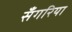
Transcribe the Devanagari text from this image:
सँगरिया